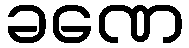
ခဏေ